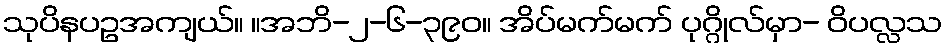
သုပိနပဥအကျယ်။ ။အဘိ-၂-၆-၃၉၀။ အိပ်မက်မက် ပုဂ္ဂိုလ်မှာ- ဝိပလ္လသ